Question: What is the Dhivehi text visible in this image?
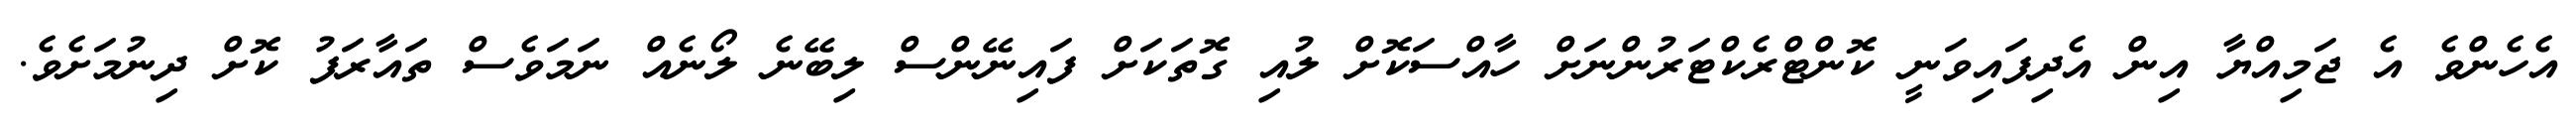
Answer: އެހެންވެ އެ ޖަމިއްޔާ އިން އެދިފައިވަނީ ކޮންޓްރެކްޓަރުންނަށް ހާއްސަކޮށް ލުއި ގޮތަކަށް ފައިނޭންސް ލިބޭނެ ލޯނެއް ނަމަވެސް ތައާރަފު ކޮށް ދިނުމަށެވެ.